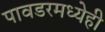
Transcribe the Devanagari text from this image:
पावडरमध्येही